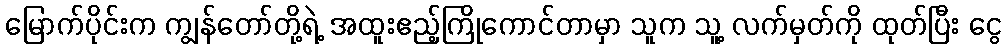
မြောက်ပိုင်းက ကျွန်တော်တို့ရဲ့ အထူးဧည့်ကြိုကောင်တာမှာ သူက သူ့ လက်မှတ်ကို ထုတ်ပြီး ငွေ